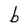
Character: b